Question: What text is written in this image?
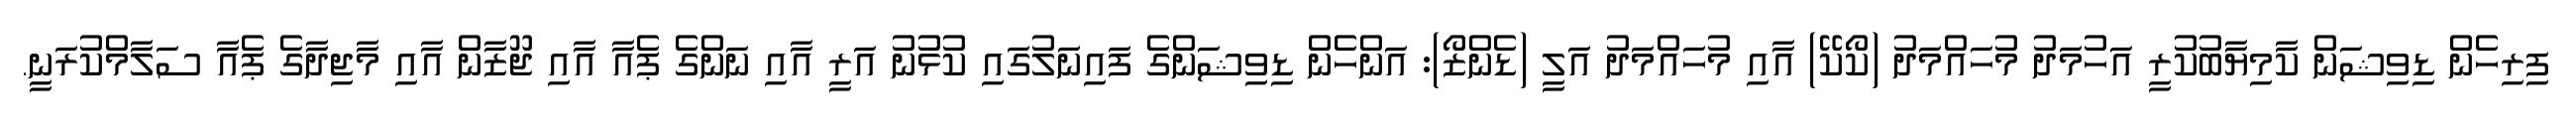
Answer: ފިރިހެން ޑިވިޝަން ކާމިޔާބުކުރީ އަހުމަދު މުހައްމަދު (ކޯކޭ) އާއި މުހައްމަދު އަލީ (ޑެންޒޯ): އަންހެން ޑިވިޝަންގެ ފައިނަލުގައި ކުޅުނު އަރީ އާއި ނަންގެ ޕެއާ އާއި ޖޫޒާން އާއި މާޖިދާގެ ޕެއާ ސަލާމްކުރަނީ.